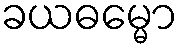
ခယဓမ္မော